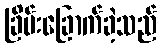
ခြိမ်းခြောက်ခဲ့သည်